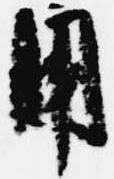
用